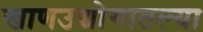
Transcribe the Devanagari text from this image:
खाणउद्योगातल्या